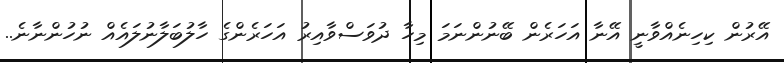
އޭރުން ކިހިނެއްވާނީ އޭނާ އަހަރެން ބޭނުންނަމަ މިހާ ދުވަސްވާއިރު އަހަރެންގެ ހާލުބަލާނުލައެއް ނުހުންނާނެ..